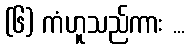
(၆) ကံဟူသည်ကား ...